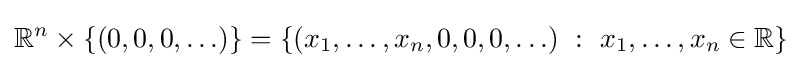
\mathbb {R} ^{n}\times \{\left(0,0,0,\ldots \right)\}=\left\{\left(x_{1},\ldots ,x_{n},0,0,0,\ldots \right)~:~x_{1},\ldots ,x_{n}\in \mathbb {R} \right\}